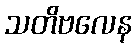
သတိဗလေန